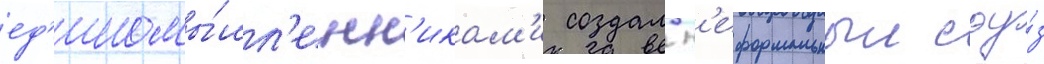
ед'иномы́шл'енн'икам'и создал н'еформальныи соу́з